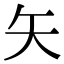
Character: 矢